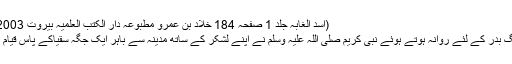
(اسد الغابہ جلد 1 صفحہ 184 خَلَّادْ بن عمروؓ مطبوعہ دار الکتب العلمیہ بیروت 2003ء)
جنگ بدر کے لئے روانہ ہوتے ہوئے نبی کریم صلی اللہ علیہ وسلم نے اپنے لشکر کے ساتھ مدینہ سے باہر ایک جگہ سُقْیَاکے پاس قیام کیا۔